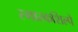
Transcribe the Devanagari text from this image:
स्मारकशिल्पे